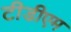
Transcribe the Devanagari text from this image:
टीडीएम